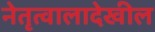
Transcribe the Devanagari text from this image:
नेतृत्वालादेखील